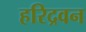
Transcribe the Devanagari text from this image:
हरिद्रवन